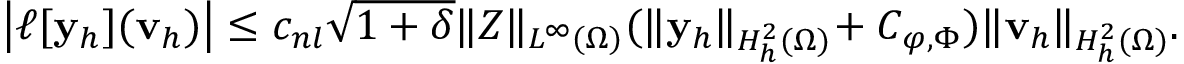
\begin{array} { r } { \big | \ell [ { \mathbf { y } _ { h } } ] ( \mathbf { v } _ { h } ) \big | \leq c _ { n l } \sqrt { 1 + \delta } \| Z \| _ { L ^ { \infty } ( \Omega ) } ( \| { \mathbf { y } _ { h } } \| _ { H _ { h } ^ { 2 } ( \Omega ) } \! + C _ { \boldsymbol { \varphi } , \Phi } ) \| \mathbf { v } _ { h } \| _ { H _ { h } ^ { 2 } ( \Omega ) } . } \end{array}